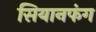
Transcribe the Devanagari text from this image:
सियानफंग